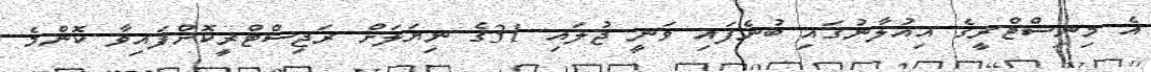
އެ މިނިސްޓްރީގެ އިއުލާނުގައި ބުނެފައި ވަނީ ޖުލައި 31ގެ ނިޔަލަށް ރަޖިސްޓްރީކޮށްފައިވާ ކޮންމެ